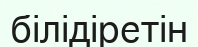
білідіретін